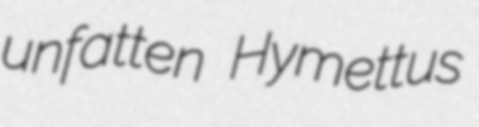
unfatten Hymettus